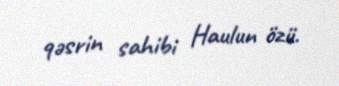
qəsrin sahibi Haulun özü.